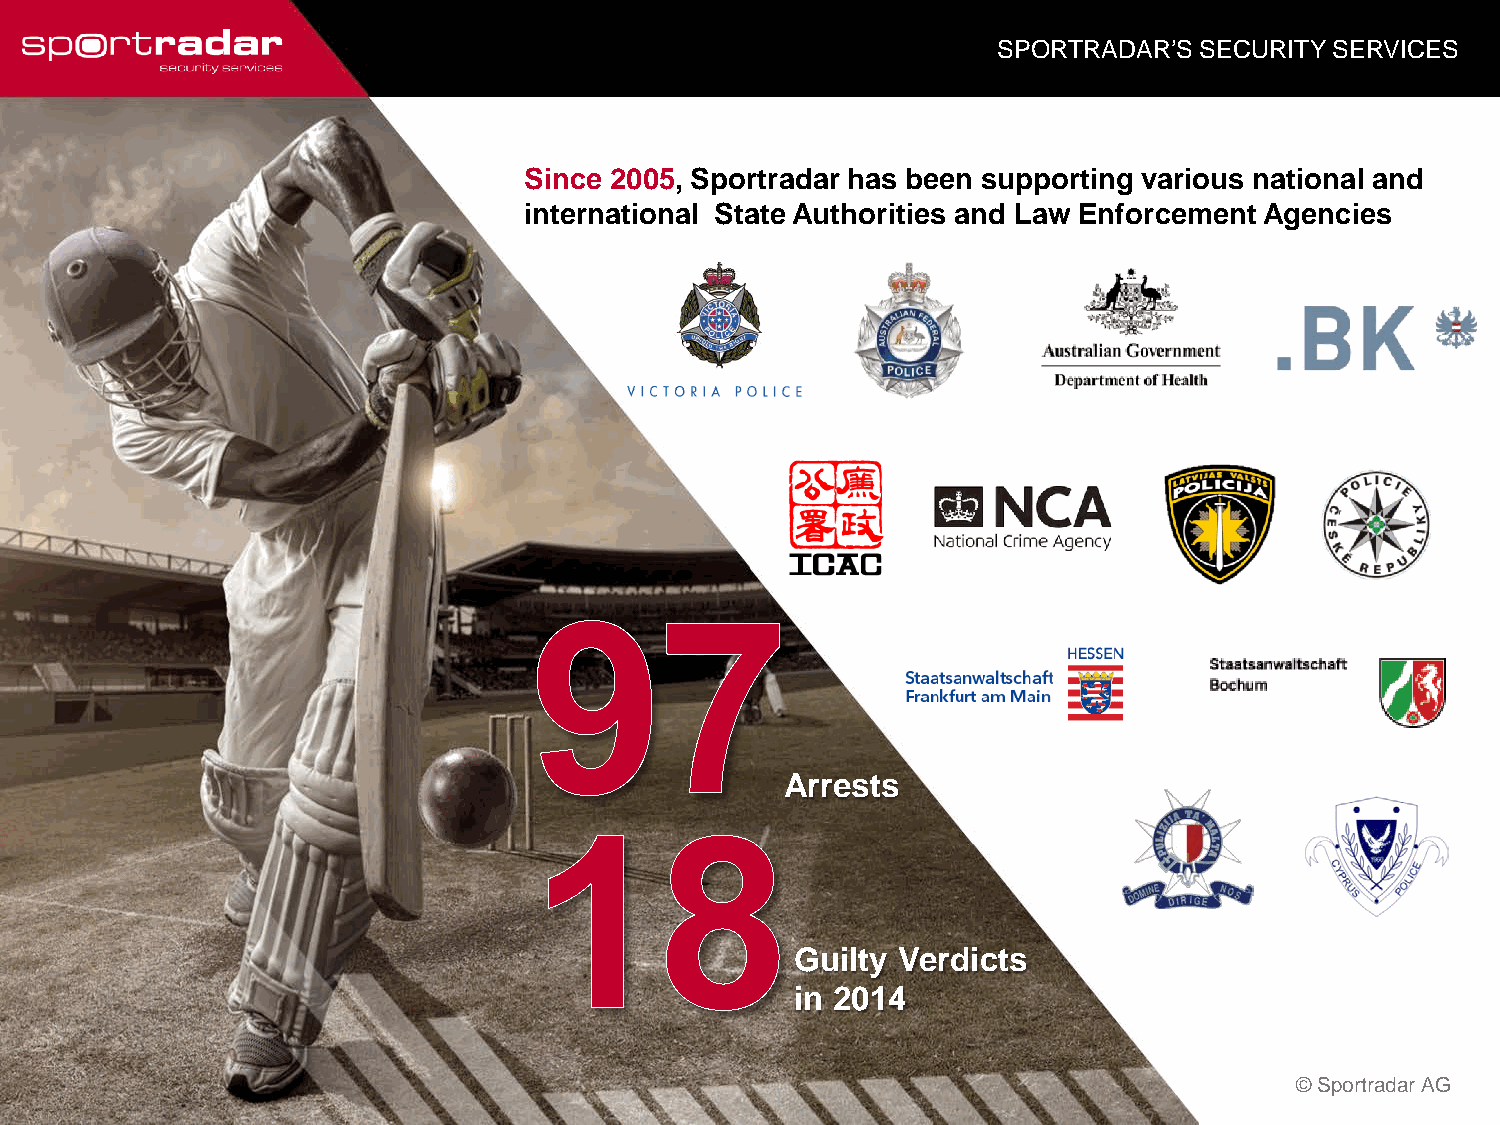
SPORTRADAR’S SECURITY SERVICES
 Since 2005, Sportradar has been supporting various national and
 international State Authorities and Law Enforcement Agencies
 Arrests
 Guilty Verdicts
 in 2014
 © Sportradar AG